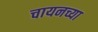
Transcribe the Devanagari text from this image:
चायनच्या